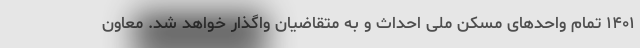
۱۴۰۱ تمام واحدهای مسکن ملی احداث و به متقاضیان واگذار خواهد شد. معاون